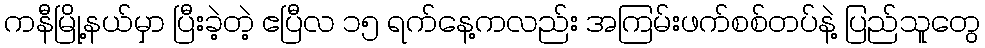
ကနီမြို့နယ်မှာ ပြီးခဲ့တဲ့ ဧပြီလ ၁၅ ရက်နေ့ကလည်း အကြမ်းဖက်စစ်တပ်နဲ့ ပြည်သူတွေ